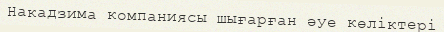
Накадзима компаниясы шығарған әуе көліктері